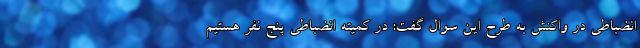
انضباطی در واکنش به طرح این سوال گفت: در کمیته انضباطی پنج نفر هستیم